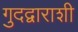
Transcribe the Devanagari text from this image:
गुदद्वाराशी